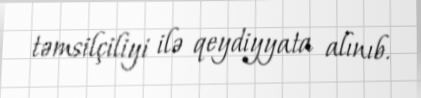
təmsilçiliyi ilə qeydiyyata alınıb.